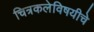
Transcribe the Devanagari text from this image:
चित्रकलेविषयीचे